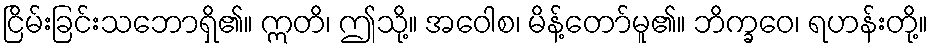
ငြိမ်းခြင်းသဘောရှိ၏။ ဣတိ၊ ဤသို့။ အဝေါစ၊ မိန့်တော်မူ၏။ ဘိက္ခဝေ၊ ရဟန်းတို့။